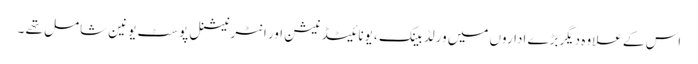
اس کے علاوہ دیگربڑے اداروں میں ورلڈ بینک ، یونائیٹڈ نیشن اور انٹرنیشنل پوسٹ یونین شامل تھے ۔